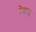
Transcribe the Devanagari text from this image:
वेदाय